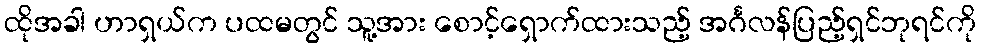
ထိုအခါ ဟာရှယ်က ပထမတွင် သူ့အား စောင့်ရှောက်ထားသည့် အင်္ဂလန်ပြည့်ရှင်ဘုရင်ကို